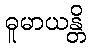
ဓူမာယန္တိ